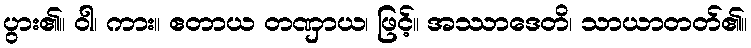
ပွား၏။ ဝါ၊ ကား။ ဧတာယ တဏှာယ၊ ဖြင့်။ အဿာဒေတိ၊ သာယာတတ်၏။